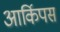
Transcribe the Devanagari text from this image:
आर्किपस